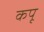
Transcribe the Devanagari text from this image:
कपू